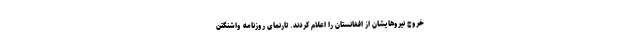
خروج نیروهایشان از افغانستان را اعلام کردند. تارنمای روزنامه واشنگتن